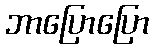
ဘာပြောပြော